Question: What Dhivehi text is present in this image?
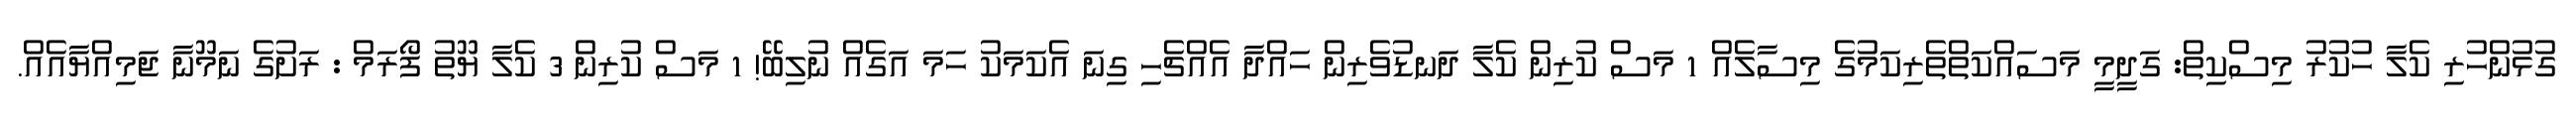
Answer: ގުޅުންހުރި ކެލާ ހުކުރު މިސްކިތް: ގަދީމީ މަސައްކަތްތެރިކަމުގެ މިސާލެއް 1 މަސް ކުރިން ކެލާ ދަނޑުވެރިން ހައްދާ އެއްޗެހި ގިނަ އެކަމަކު ހަމަ އަގެއް ނުލިބޭ! 1 މަސް ކުރިން 3 ކެލާ ޔޫތު ފޯރަމް : ރަށުގެ ނަމޫނާ ޖަމިއްޔާއެއް.